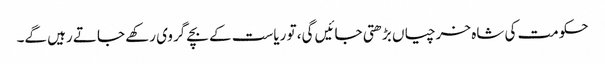
حکومت کی شاہ خرچیاں بڑھتی جائیں گی، تو ریاست کے بچے گروی رکھے جاتے رہیں گے۔